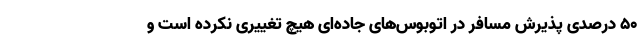
۵۰ درصدی پذیرش مسافر در اتوبوس‌های جاده‌ای هیچ تغییری نکرده است و